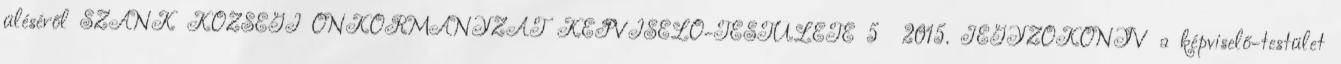
üléséről SZANK KÖZSÉGI ÖNKORMÁNYZAT KÉPVISELŐ-TESTÜLETE 5 2015. JEGYZŐKÖNYV a képviselő-testület